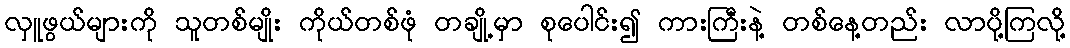
လှူဖွယ်များကို သူတစ်မျိုး ကိုယ်တစ်ဖုံ တချို့မှာ စုပေါင်း၍ ကားကြီးနဲ့ တစ်နေ့တည်း လာပို့ကြလို့